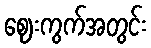
ဈေးကွက်အတွင်း